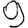
Digit: 9